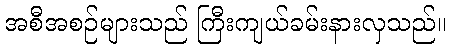
အစီအစဉ်များသည် ကြီးကျယ်ခမ်းနားလှသည်။